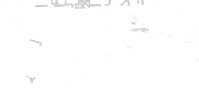
محلات الأزياء النسائية: أ